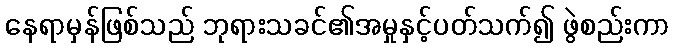
နေရာမှန်ဖြစ်သည် ဘုရားသခင်၏အမှုနှင့်ပတ်သက်၍ ဖွဲစည်းကာ